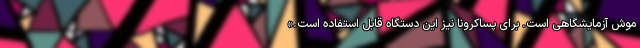
موش آزمایشگاهی است. برای پساکرونا نیز این دستگاه قابل استفاده است.»